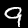
Digit: 9